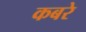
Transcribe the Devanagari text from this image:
कबरे